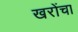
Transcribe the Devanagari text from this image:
खरोंचा